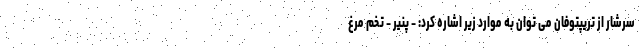
سرشار از تریپتوفان می توان به موارد زیر اشاره کرد: - پنیر - تخم مرغ